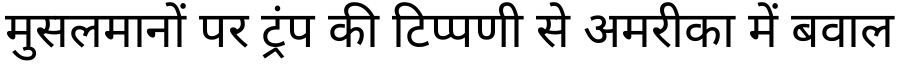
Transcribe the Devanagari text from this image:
मुसलमानों पर ट्रंप की टिप्पणी से अमरीका में बवाल